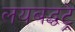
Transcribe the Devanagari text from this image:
लयबद्धट्रे